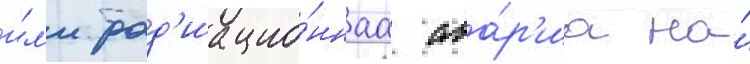
и́л'и рад'иацио́ннаа ава́р'иа на́